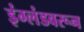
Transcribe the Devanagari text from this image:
इंग्लंडवरून